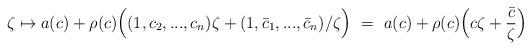
LaTeX: \begin{align*}\zeta\mapsto a(c) +\rho(c)\Bigl((1,c_2,...,c_n)\zeta+(1,\bar c_1,...,\bar c_n)/\zeta\Bigr) \ = \ a(c) + \rho(c)\Bigl(c\zeta + \frac{\bar c}{\zeta}\Bigr)\end{align*}